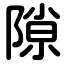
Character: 隙